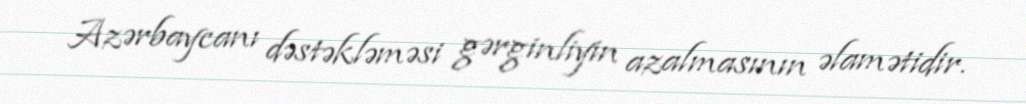
Azərbaycanı dəstəkləməsi gərginliyin azalmasının əlamətidir.